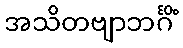
အသိတဗျာဘင်္ဂိံ